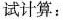
试计算：